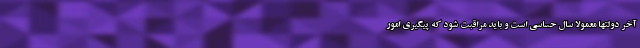
آخر دولتها معمولاً سال حساسی است و باید مراقبت شود که پیگیری امور